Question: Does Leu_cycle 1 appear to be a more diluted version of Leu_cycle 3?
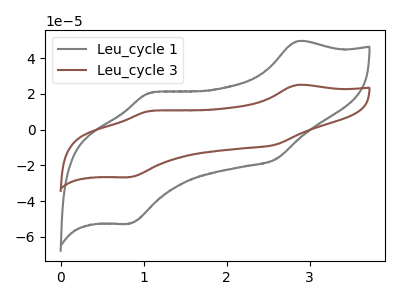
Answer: <think>The gray curve "Leu_cycle 1" has anodic peaks at (2.85V, 49.45uA) (1.10V, 20.65uA) and cathodic peaks at (2.60V, -16.85uA) (0.85V, -52.65uA). The brown curve "Leu_cycle 3" has anodic peaks at (2.85V, 25.00uA) (1.10V, 10.45uA) and cathodic peaks at (2.60V, -8.50uA) (0.85V, -26.60uA).
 All the peaks in "Leu_cycle 1" have a peak in "Leu_cycle 3" at the same potential. Every peak in "Leu_cycle 1" is higher than every peak in "Leu_cycle 3".</think>
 <answer>"Leu_cycle 1" has more signal than "Leu_cycle 3" and so likely has a higher concentration.</answer>
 <eval>more_concentration</eval>